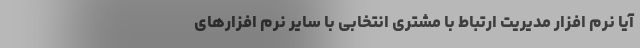
آیا نرم افزار مدیریت ارتباط با مشتری انتخابی با سایر نرم افزارهای